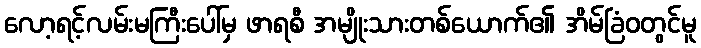
လော့ရင့်လမ်းမကြီးပေါ်မှ ဖာရစီ အမျိုးသားတစ်ယောက်၏ အိမ်ခြံဝတွင်မူ